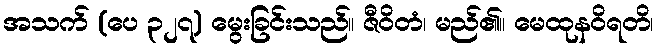
အသက် (ပေ ၃၂၇) မွေးခြင်းသည်။ ဇီဝိတံ၊ မည်၏။ မေထုနဝိရတိ၊